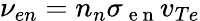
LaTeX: \nu_{en}=n_{n}\sigma_{\mathrm{~e~n~}}v_{Te}